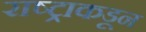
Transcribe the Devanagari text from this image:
राष्ट्राकडून